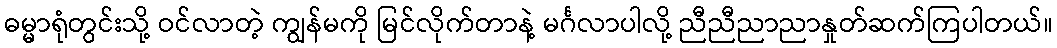
ဓမ္မာရုံတွင်းသို့ ဝင်လာတဲ့ ကျွန်မကို မြင်လိုက်တာနဲ့ မင်္ဂလာပါလို့ ညီညီညာညာနှုတ်ဆက်ကြပါတယ်။